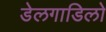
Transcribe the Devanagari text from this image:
डेलगाडिलो